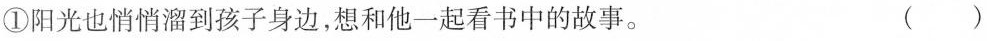
①阳光也悄悄溜到孩子身边，想和他一起看书中的故事。 ( )